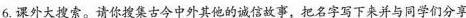
6.课外大搜索。请你搜集古今中外其他的诚信故事，把名字写下来并与同学们分享